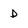
Character: d